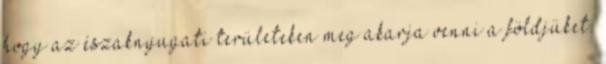
hogy az északnyugati területeken meg akarja venni a földjüket.